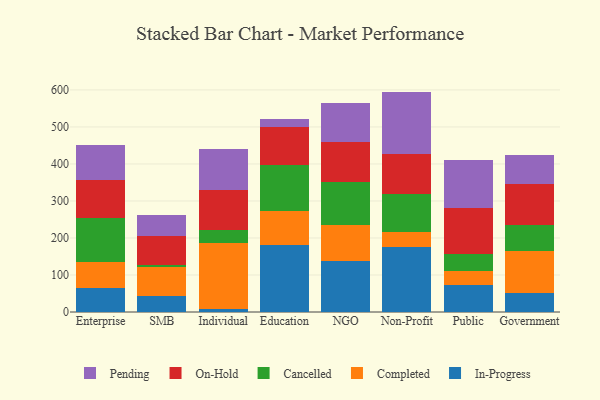
{"axis": {"x": "Segment", "y": "Energy Usage (MWh)"}, "legend": ["Cancelled", "Completed", "In-Progress", "On-Hold", "Pending"], "data": [{"x": "Enterprise", "y": 64.7, "type": "In-Progress"}, {"x": "Enterprise", "y": 71.6, "type": "Completed"}, {"x": "Enterprise", "y": 117.2, "type": "Cancelled"}, {"x": "Enterprise", "y": 104.1, "type": "On-Hold"}, {"x": "Enterprise", "y": 93.0, "type": "Pending"}, {"x": "SMB", "y": 44.2, "type": "In-Progress"}, {"x": "SMB", "y": 76.5, "type": "Completed"}, {"x": "SMB", "y": 6.0, "type": "Cancelled"}, {"x": "SMB", "y": 77.5, "type": "On-Hold"}, {"x": "SMB", "y": 58.7, "type": "Pending"}, {"x": "Individual", "y": 7.1, "type": "In-Progress"}, {"x": "Individual", "y": 178.5, "type": "Completed"}, {"x": "Individual", "y": 35.2, "type": "Cancelled"}, {"x": "Individual", "y": 107.7, "type": "On-Hold"}, {"x": "Individual", "y": 112.6, "type": "Pending"}, {"x": "Education", "y": 179.9, "type": "In-Progress"}, {"x": "Education", "y": 93.0, "type": "Completed"}, {"x": "Education", "y": 125.3, "type": "Cancelled"}, {"x": "Education", "y": 102.3, "type": "On-Hold"}, {"x": "Education", "y": 21.5, "type": "Pending"}, {"x": "NGO", "y": 137.6, "type": "In-Progress"}, {"x": "NGO", "y": 97.9, "type": "Completed"}, {"x": "NGO", "y": 114.5, "type": "Cancelled"}, {"x": "NGO", "y": 109.5, "type": "On-Hold"}, {"x": "NGO", "y": 104.9, "type": "Pending"}, {"x": "Non-Profit", "y": 175.0, "type": "In-Progress"}, {"x": "Non-Profit", "y": 40.6, "type": "Completed"}, {"x": "Non-Profit", "y": 103.6, "type": "Cancelled"}, {"x": "Non-Profit", "y": 106.9, "type": "On-Hold"}, {"x": "Non-Profit", "y": 169.4, "type": "Pending"}, {"x": "Public", "y": 73.7, "type": "In-Progress"}, {"x": "Public", "y": 37.9, "type": "Completed"}, {"x": "Public", "y": 43.8, "type": "Cancelled"}, {"x": "Public", "y": 126.8, "type": "On-Hold"}, {"x": "Public", "y": 128.6, "type": "Pending"}, {"x": "Government", "y": 51.3, "type": "In-Progress"}, {"x": "Government", "y": 113.9, "type": "Completed"}, {"x": "Government", "y": 69.6, "type": "Cancelled"}, {"x": "Government", "y": 111.7, "type": "On-Hold"}, {"x": "Government", "y": 77.3, "type": "Pending"}]}